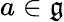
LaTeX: a\in{\mathfrak{g}}